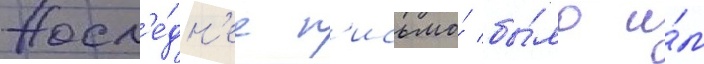
Посл'е́дн'ее п'исьмо́ бы́ло и́м